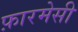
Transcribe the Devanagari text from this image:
फ़ारमेसी